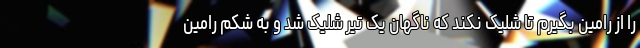
را از رامین بگیرم تا شلیک نکند که ناگهان یک تیر شلیک شد و به شکم رامین